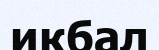
икбал